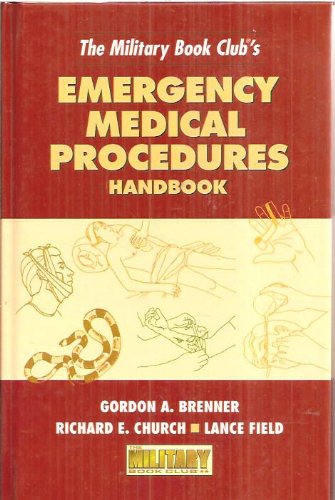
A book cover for The Military Book Club's Emergency Medical Procedures Handbook for the Outdoors; Richard Church & Lance Field Gordon Brenner; Medical Books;